Annual administration report of the Civil Veterinary Department of India - 1894-1895
Year: 1894
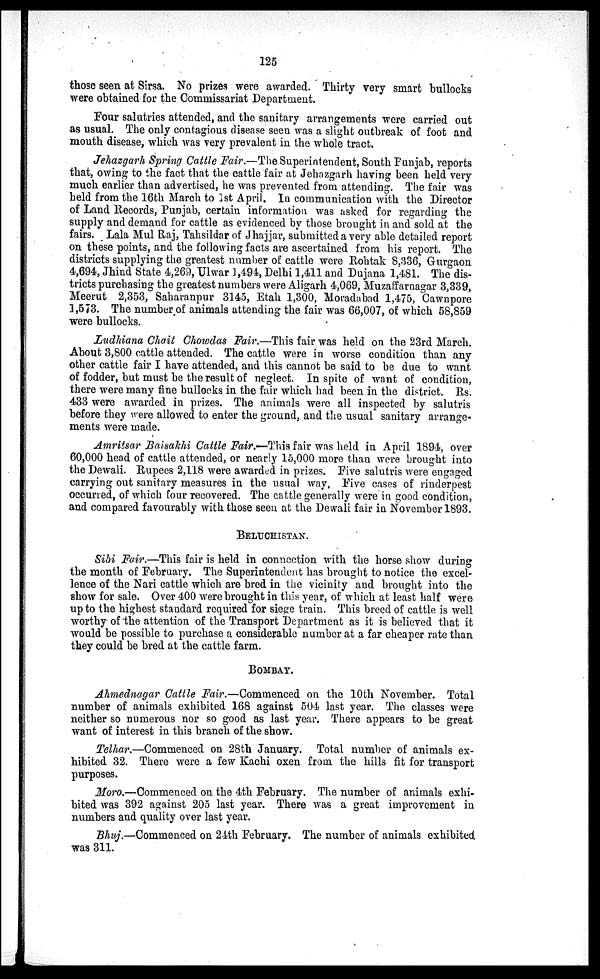
125
those seen at Sirsa. No prizes were awarded. Thirty very smart bullocks
were obtained for the Commissariat Department.
Four salutries attended, and the sanitary arrangements were carried out
as usual. The only contagious disease seen was a slight outbreak of foot and
mouth disease, which was very prevalent in the whole tract.
Jehazgarh Spring Cattle Fair.—The Superintendent, South Punjab, reports
that, owing to the fact that the cattle fair at Jehazgarh having been held very
much earlier than advertised, he was prevented from attending. The fair was
held from the 16th March to 1st April. In communication with the Director
of Land Records, Punjab, certain information was asked for regarding the
supply and demand for cattle as evidenced by those brought in and sold at the
fairs. Lala Mul Raj, Tahsildar of Jhajjar, submitted a very able detailed report
on these points, and the following facts are ascertained from his report. The
districts supplying the greatest number of cattle were Rohtak 8,336, Gurgaon
4,694, Jhind State 4,269, Ulwar 1,494, Delhi 1,411 and Dujana 1,481. The dis-
tricts purchasing the greatest numbers were Aligarh 4,069, Muzaffarnagar 3,339,
Meerut 2,353, Saharanpur 3145, Etah 1,300, Moradabad 1,475, Cawnpore
1,573. The number of animals attending the fair was 66,007, of which 58,859
were bullocks.
Ludhiana Chait Chowdas Fair.—This fair was held on the 23rd March.
About 3,800 cattle attended. The cattle were in worse condition than any
other cattle fair I have attended, and this cannot be said to be due to want
of fodder, but must be the result of neglect. In spite of want of condition,
there were many fine bullocks in the fair which had been in the district. Rs.
433 were awarded in prizes. The animals were all inspected by salutris
before they were allowed to enter the ground, and the usual sanitary arrange-
ments were made.
Amritsar Baisakhi Cattle Fair.—This fair was held in April 1894, over
60,000 head of cattle attended, or nearly 15,000 more than were brought into
the Dewali. Rupees 2,118 were awarded in prizes. Five salutris were engaged
carrying out sanitary measures in the usual way. Five cases of rinderpest
occurred, of which four recovered. The cattle generally were in good condition,
and compared favourably with those seen at the Dewali fair in November 1893.
BELUCHISTAN.
Sibi Fair.—This fair is held in connection with the horse show during
the month of February. The Superintendent has brought to notice the excel-
lence of the Nari cattle which are bred in the vicinity and brought into the
show for sale. Over 400 were brought in this year, of which at least half were
up to the highest standard required for siege train. This breed of cattle is well
worthy of the attention of the Transport Department as it is believed that it
would be possible to purchase a considerable number at a far cheaper rate than
they could be bred at the cattle farm.
BOMBAY.
Ahmednagar Cattle Fair.—Commenced on the 10th November. Total
number of animals exhibited 168 against 504 last year. The classes were
neither so numerous nor so good as last year. There appears to be great
want of interest in this branch of the show.
Telhar.—Commenced on 28th January. Total number of animals ex-
hibited 32. There were a few Kachi oxen from the hills fit for transport
purposes.
Moro.—Commenced on the 4th February. The number of animals exhi-
bited was 392 against 205 last year. There was a great improvement in
numbers and quality over last year.
Bhuj.—Commenced on 24th February. The number of animals exhibited
was 311.